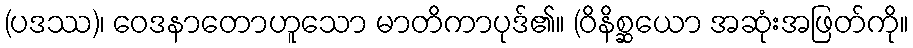
(ပဒဿ)၊ ဝေဒနာတောဟူသော မာတိကာပုဒ်၏။ (ဝိနိစ္ဆယော အဆုံးအဖြတ်ကို။